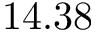
1 4 . 3 8